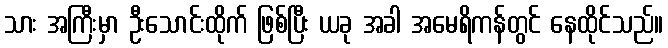
သား အကြီးမှာ ဦးသောင်းထိုက် ဖြစ်ပြီး ယခု အခါ အမေရိကန်တွင် နေထိုင်သည်။